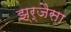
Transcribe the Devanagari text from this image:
झ्र्जैसा